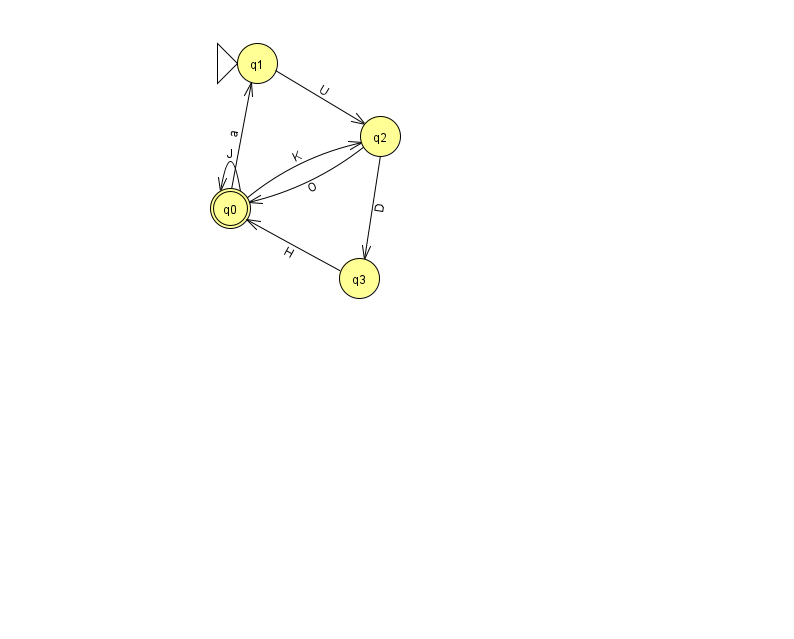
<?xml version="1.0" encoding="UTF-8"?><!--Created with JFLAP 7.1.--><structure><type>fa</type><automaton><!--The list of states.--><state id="0" name="q0"><x>230.0</x><y>195.0</y><final/></state><state id="1" name="q1"><x>257.0</x><y>50.0</y><initial/></state><state id="2" name="q2"><x>380.0</x><y>123.0</y></state><state id="3" name="q3"><x>359.0</x><y>265.0</y></state><!--The list of transitions.--><transition><from>0</from><to>2</to><read>K</read></transition><transition><from>0</from><to>1</to><read>a</read></transition><transition><from>2</from><to>0</to><read>O</read></transition><transition><from>2</from><to>3</to><read>D</read></transition><transition><from>0</from><to>0</to><read>J</read></transition><transition><from>1</from><to>2</to><read>U</read></transition><transition><from>3</from><to>0</to><read>H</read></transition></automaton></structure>